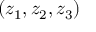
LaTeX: ( z _ { 1 } , z _ { 2 } , z _ { 3 } )